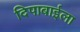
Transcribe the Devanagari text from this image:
दिपाबाईला